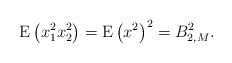
LaTeX: \begin{align*}\mathrm{E}\left( x_1^2 x_2^2 \right) = \mathrm{E}\left( x^2 \right)^2 = B_{2,M}^2. \end{align*}